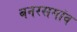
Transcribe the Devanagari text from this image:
बनरसगांव